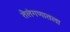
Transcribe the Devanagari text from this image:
तेलंगणातला